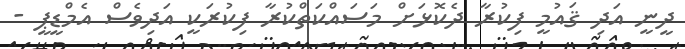
ދީނީ އަދި ޤައުމީ ފިކުރާ ދެކޮޅަށް މަސައްކަތްކުރާ ފިކުރަކީ އަދިވެސް އެމްޑީޕީ -